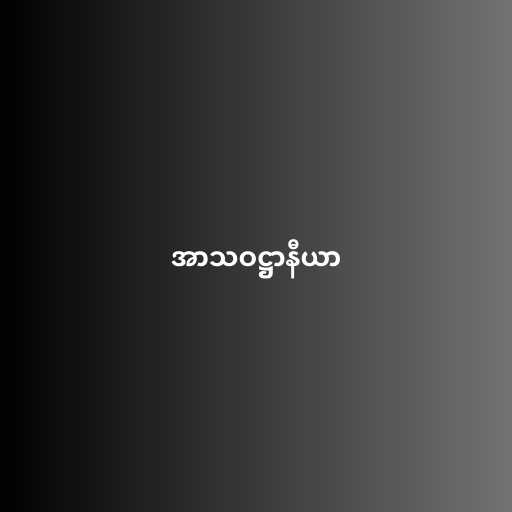
အာသဝဋ္ဌာနီယာ